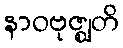
နာဝဗုဇ္ဈတိ